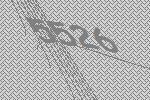
5526